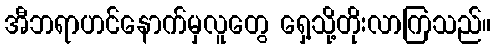
အီဘရာဟင်နောက်မှလူတွေ ရှေ့သို့တိုးလာကြသည်။